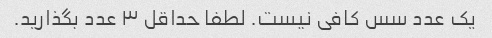
یک عدد سس کافی نیست. لطفا حداقل ۳ عدد بگذارید.